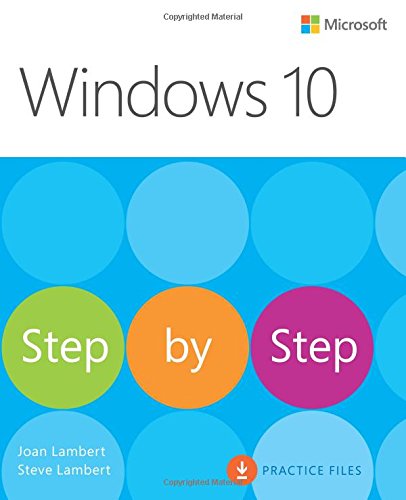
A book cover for Windows 10 Step by Step; Joan Lambert; Computers & Technology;